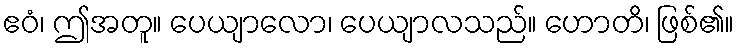
ဧဝံ၊ ဤအတူ။ ပေယျာလော၊ ပေယျာလသည်။ ဟောတိ၊ ဖြစ်၏။